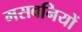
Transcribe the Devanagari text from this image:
मसवनियों